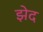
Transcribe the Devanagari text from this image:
झेद